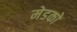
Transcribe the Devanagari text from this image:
मेडको